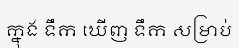
ក្នុង ទឹក ឃើញ ទឹក សម្រាប់